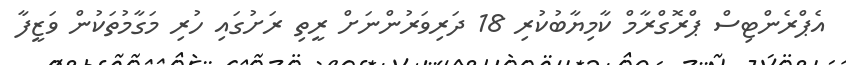
އެޕްރެންޓިސް ޕްރޮގްރާމް ކާމިޔާބުކުރި 18 ދަރިވަރުންނަށް ރީތި ރަށުގައި ހުރި މަގާމުތަކުން ވަޒީފާ